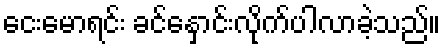
ငေးမောရင်း ခင်နှောင်းလိုက်ပါလာခဲ့သည်။